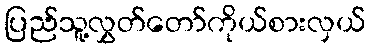
ပြည်သူ့လွှတ်တော်ကိုယ်စားလှယ်